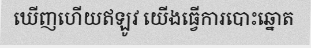
ឃើញហើយឥឡូវ យើងធ្វើការបោះឆ្នោត